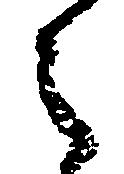
之